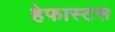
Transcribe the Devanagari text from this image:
हेफास्टस